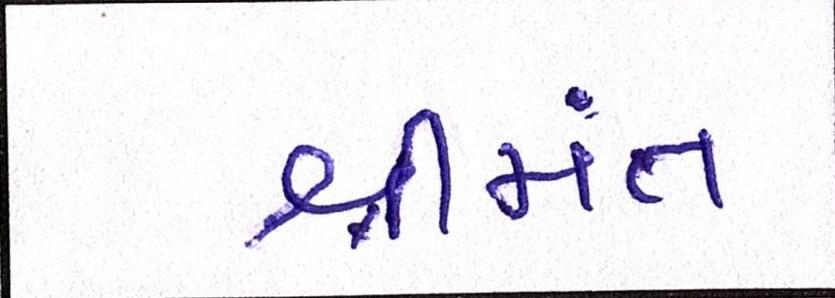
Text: શ્રીમંત